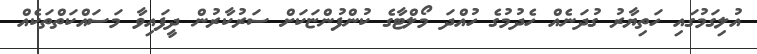
އުލިގަމުގައި ހަތިޔާރު ގުދަނެއް ހެދުމުގެ ހުއްދަ މޯލްޓާގެ ކުންފުންޏަކަށް ސަރުކާރުން ދީފައިވާ މަސައްކަތްތަކެއް